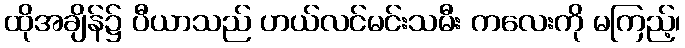
ထိုအချိန်၌ ပီယာသည် ဟယ်လင်မင်းသမီး ကလေးကို မကြည့်၊